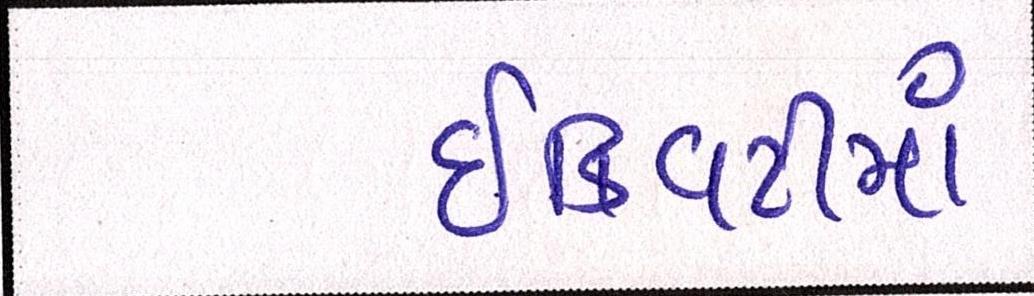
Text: ઇક્વિટીમાં